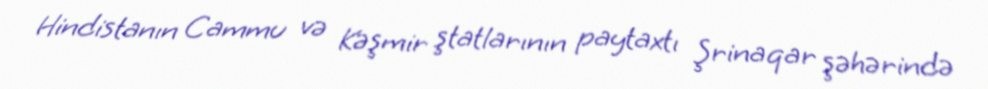
Hindistanın Cammu və Kəşmir ştatlarının paytaxtı Şrinaqar şəhərində